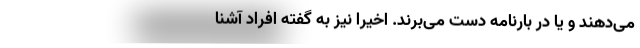
می‌دهند و یا در بارنامه دست می‌برند. اخیراً نیز به گفته افراد آشنا